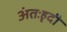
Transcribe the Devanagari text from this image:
अंतःहृदी